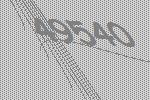
49540